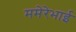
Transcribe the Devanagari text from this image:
ममेरेभाई